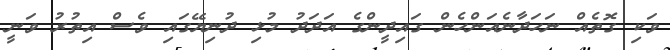
ވަކި ގޮތެއް ނަހަދާނެއަންހެން ގައިދީންގެ އަދަދު މުޅި ދުނިޔޭގައި ވެސް އިތުުރު ވަނީ